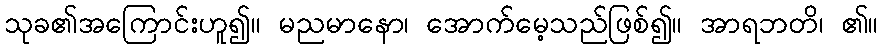
သုခ၏အကြောင်းဟူ၍။ မညမာနော၊ အောက်မေ့သည်ဖြစ်၍။ အာရဘတိ၊ ၏။